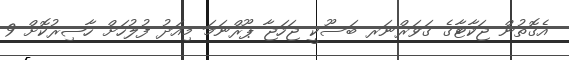
އެގޮތުން ޖަކާޓާގެ ގަވަރްނަރ ބަސޫކީ ޖަހަޖާ ޕޫރްނަމަ މިއަދު ފުލުހަށް ހާޟިރުކޮށް 9